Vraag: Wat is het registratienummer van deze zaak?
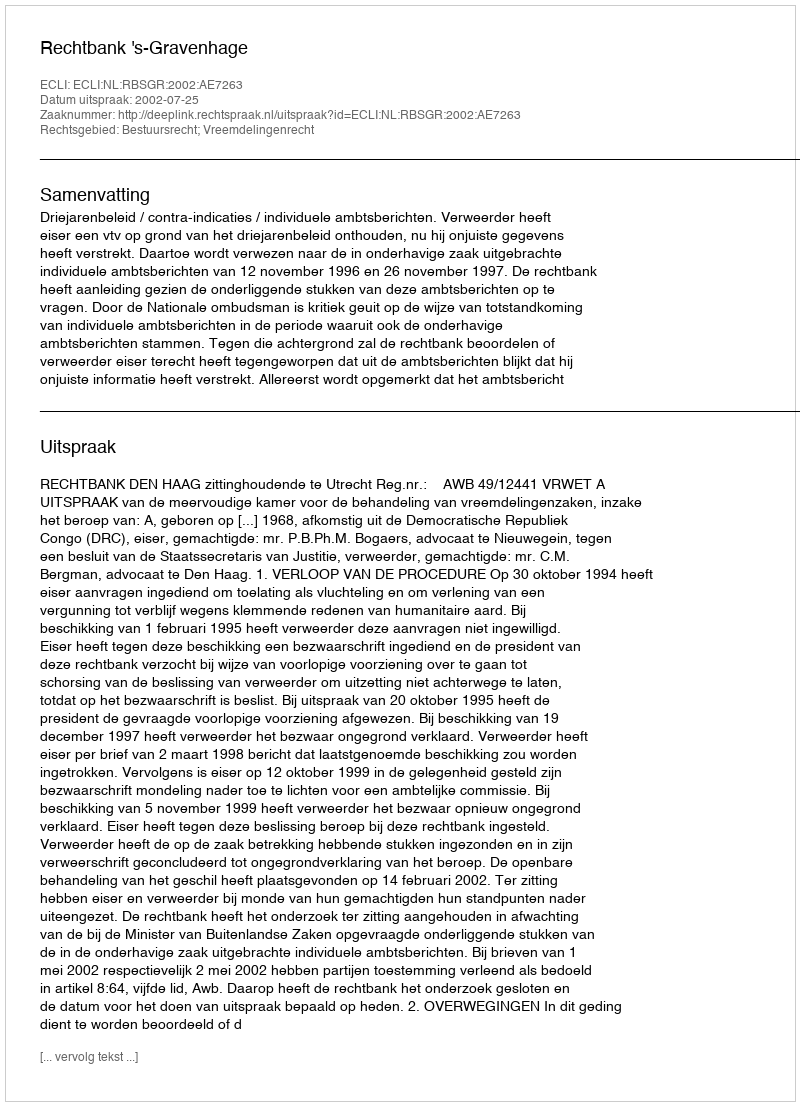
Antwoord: http://deeplink.rechtspraak.nl/uitspraak?id=ECLI:NL:RBSGR:2002:AE7263